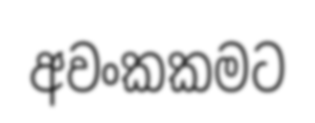
අවංකකමට